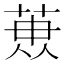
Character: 𮏳